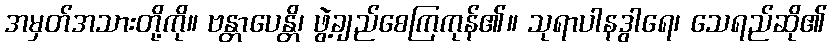
အမှတ်အသားတို့ကို။ ဗန္တာပေန္တိ၊ ဖွဲ့ချည်စေကြကုန်၏။ သုရာပါနဒွါရေ၊ သေရည်ဆို၏